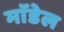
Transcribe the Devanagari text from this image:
माॅडेल